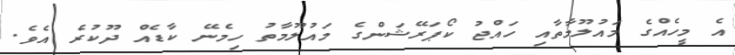
އެ މީހެއްގެ މައުލޫމާތާއި ހައްޖު ކޯޕަރޭޝަންގެ މައުލޫމާތު ހިމެނޭ ކާޑެއް ދޫކުރެ އެވެ.